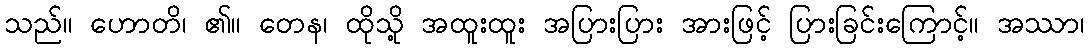
သည်။ ဟောတိ၊ ၏။ တေန၊ ထိုသို့ အထူးထူး အပြားပြား အားဖြင့် ပြားခြင်းကြောင့်။ အဿာ၊